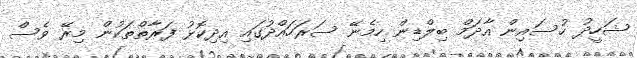
ޝަހީދު ހުސައިން އާދަމް ބިލްޑިން ހިމެނޭ ސަރަހައްދުގައި އިދިކޮޅު ފަރާތްތަކުން މިރޭ ވެސް